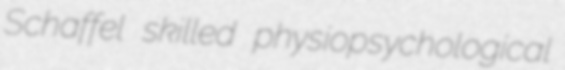
Schaffel skilled physiopsychological